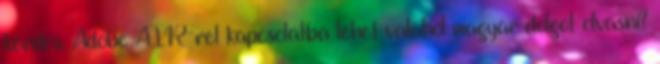
kérdés: Adobe AIR-rel kapcsolatba lehet valahol magyar dolgot olvasni?